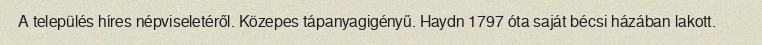
A település híres népviseletéről. Közepes tápanyagigényű. Haydn 1797 óta saját bécsi házában lakott.